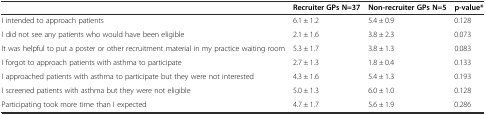
<table><thead><tr><td></td><td><b>Recruiter GPs N=37</b></td><td><b>Non-recruiter GPs N=5</b></td><td><b>p-value*</b></td></tr></thead><tbody><tr><td>I intended to approach patients</td><td>6.1 ± 1.2</td><td>5.4 ± 0.9</td><td>0.128</td></tr><tr><td>I did not see any patients who would have been eligible</td><td>2.1 ± 1.6</td><td>3.8 ± 2.3</td><td>0.073</td></tr><tr><td>It was helpful to put a poster or other recruitment material in my practice waiting room</td><td>5.3 ± 1.7</td><td>3.8 ± 1.3</td><td>0.083</td></tr><tr><td>I forgot to approach patients with asthma to participate</td><td>2.7 ± 1.3</td><td>1.8 ± 0.4</td><td>0.133</td></tr><tr><td>I approached patients with asthma to participate but they were not interested</td><td>4.3 ± 1.6</td><td>5.4 ± 1.3</td><td>0.193</td></tr><tr><td>I screened patients with asthma but they were not eligible</td><td>5.0 ± 1.3</td><td>6.0 ± 1.0</td><td>0.128</td></tr><tr><td>Participating took more time than I expected</td><td>4.7 ± 1.7</td><td>5.6 ± 1.9</td><td>0.286</td></tr></tbody></table>